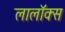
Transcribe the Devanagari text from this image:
लालॉक्स